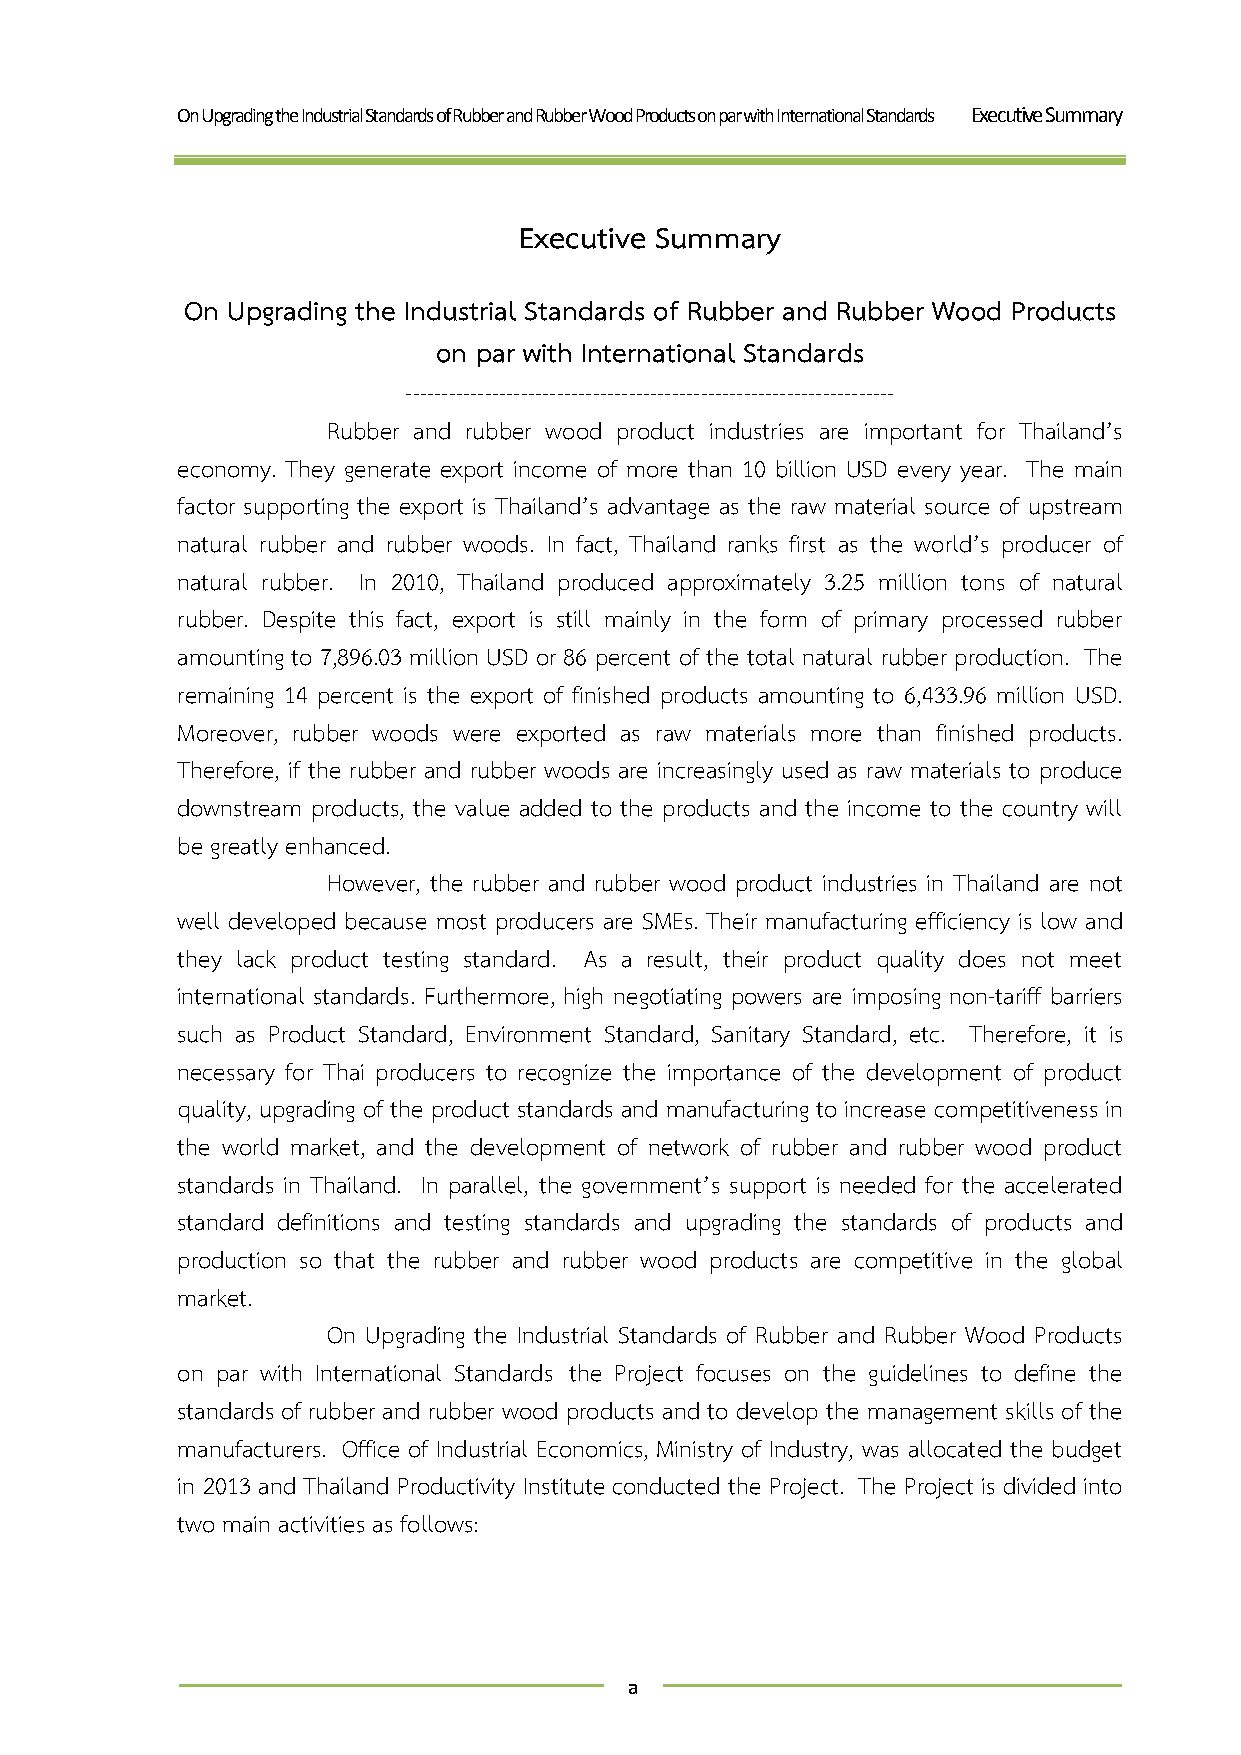
On Upgrading the Industrial Standards of Rubber and Rubber Wood Products on par with International Standards Executive Summary
 Executive Summary
 On Upgrading the Industrial Standards of Rubber and Rubber Wood Products
 on par with International Standards
 --------------------------------------------------------------------
 Rubber and rubber wood product industries are important for Thailand’s
 economy. They generate export income of more than 10 billion USD every year. The main
 factor supporting the export is Thailand’s advantage as the raw material source of upstream
 natural rubber and rubber woods. In fact, Thailand ranks first as the world’s producer of
 natural rubber. In 2010, Thailand produced approximately 3.25 million tons of natural
 rubber. Despite this fact, export is still mainly in the form of primary processed rubber
 amounting to 7,896.03 million USD or 86 percent of the total natural rubber production. The
 remaining 14 percent is the export of finished products amounting to 6,433.96 million USD.
 Moreover, rubber woods were exported as raw materials more than finished products.
 Therefore, if the rubber and rubber woods are increasingly used as raw materials to produce
 downstream products, the value added to the products and the income to the country will
 be greatly enhanced.
 However, the rubber and rubber wood product industries in Thailand are not
 well developed because most producers are SMEs. Their manufacturing efficiency is low and
 they lack product testing standard. As a result, their product quality does not meet
 international standards. Furthermore, high negotiating powers are imposing non-tariff barriers
 such as Product Standard, Environment Standard, Sanitary Standard, etc. Therefore, it is
 necessary for Thai producers to recognize the importance of the development of product
 quality, upgrading of the product standards and manufacturing to increase competitiveness in
 the world market, and the development of network of rubber and rubber wood product
 standards in Thailand. In parallel, the government’s support is needed for the accelerated
 standard definitions and testing standards and upgrading the standards of products and
 production so that the rubber and rubber wood products are competitive in the global
 market.
 On Upgrading the Industrial Standards of Rubber and Rubber Wood Products
 on par with International Standards the Project focuses on the guidelines to define the
 standards of rubber and rubber wood products and to develop the management skills of the
 manufacturers. Office of Industrial Economics, Ministry of Industry, was allocated the budget
 in 2013 and Thailand Productivity Institute conducted the Project. The Project is divided into
 two main activities as follows:
 a